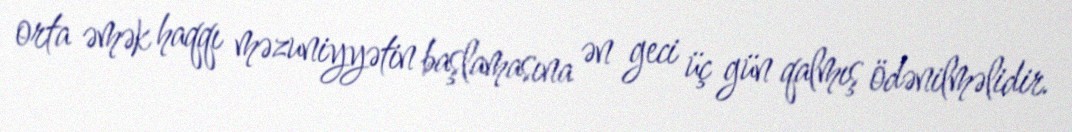
orta əmək haqqı məzuniyyətin başlamasına ən geci üç gün qalmış ödənilməlidir.